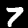
Label: 7